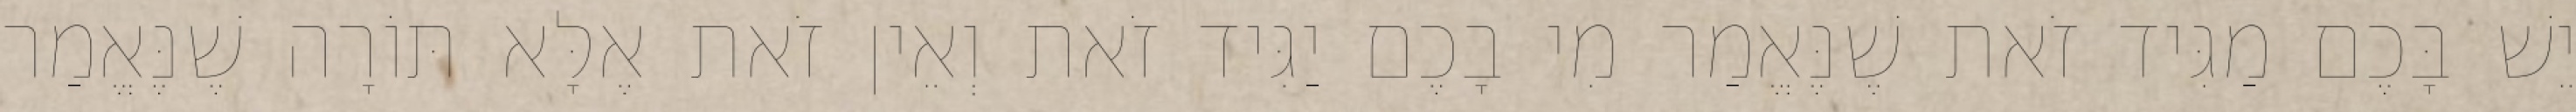
יֵשׁ בָּכֶם מַגִּיד זֹאת שֶׁנֶּאֱמַר מִי בָכֶם יַגִּיד זֹאת וְאֵין זֹאת אֶלָּא תּוֹרָה שֶׁנֶּאֱמַר